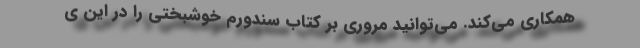
همکاری می‌کند. می‌توانید مروری بر کتاب سندورم خوشبختی را در این ی